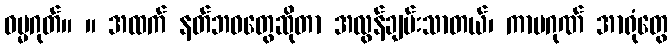
ဓမ္မဂုတ်။ ။ အထက် နတ်ဘဝတွေဆိုတာ အလွန်ချမ်းသာတယ်၊ ကာမဂုဏ် အာရုံတွေ